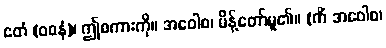
ဧတံ (ဝစနံ)၊ ဤစကားကို။ အဝေါစ၊ မိန့်တော်မူ၏။ (ကိံ အဝေါစ၊